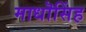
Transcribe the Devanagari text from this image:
माधॊसिंह